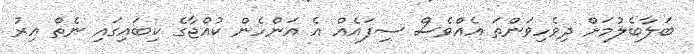
ބަލާބެލުމަށް ދިވެހިވަންތަ އެއްވެސް ސިފައެއް އެ އަންހެން ކުއްޖާގެ ކިބައިގައި ނެތް އިރު